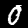
Digit: 0